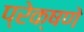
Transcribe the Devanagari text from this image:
प्रेक्षणे